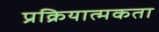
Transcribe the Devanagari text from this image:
प्रक्रियात्मकता